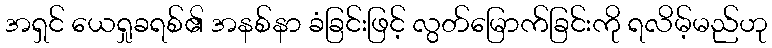
အရှင် ယေရှုခရစ်၏ အနစ်နာ ခံခြင်းဖြင့် လွတ်မြောက်ခြင်းကို ရလိမ့်မည်ဟု